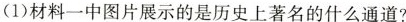
(1)材料一中图片展示的是历史上著名的什么通道?